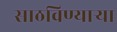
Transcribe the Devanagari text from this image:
साठविण्याऱ्या